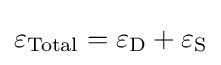
\varepsilon _{\mathrm {Total} }=\varepsilon _{\rm {D}}+\varepsilon _{\rm {S}}